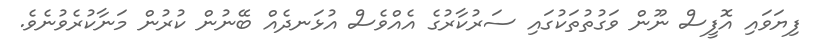
ފިޔަވައި އޮފީސް ނޫން ވަގުތުތަކުގައި ސަރުކާރުގެ އެއްވެސް އުޅަނދެއް ބޭނުން ކުރުން މަނާކުރެވުނެވެ.